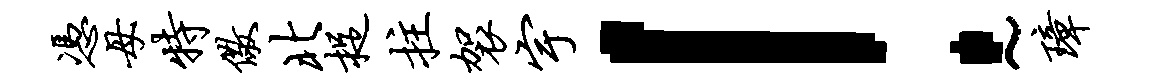
凭母特儆北捉拄袈宇！~璋